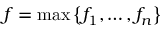
f = \operatorname* { m a x } \left\lbrace f _ { 1 } , \ldots , f _ { n } \right\rbrace